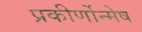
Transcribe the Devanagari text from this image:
प्रकीर्णोन्मेष